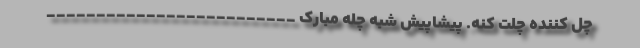
چل کننده چلت کنه. پیشاپیش شبه چله مبارک _________________________